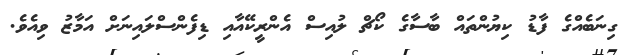
ގިނަބެއްގެ ފާޑު ކިޔުންތައް ބާސާގެ ކޯޗް ލުއިސް އެންރީކޭއާއި ޑިފެންސްލައިނަށް އަމާޒު ވިއެވެ.